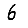
Digit: 6